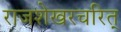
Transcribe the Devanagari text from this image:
राजशेखरचरित्